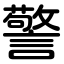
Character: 警